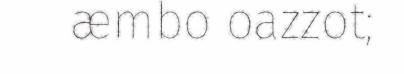
æmbo oazzot;